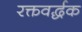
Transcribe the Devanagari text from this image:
रक्तवर्द्धक